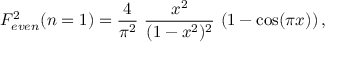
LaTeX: { \cal F } _ { e v e n } ^ { 2 } ( n = 1 ) = { \frac { 4 } { \pi ^ { 2 } } } ~ { \frac { x ^ { 2 } } { ( 1 - x ^ { 2 } ) ^ { 2 } } } ~ ( 1 - \cos ( \pi x ) ) \, ,